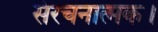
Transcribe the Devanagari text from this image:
संरचनात्मक।